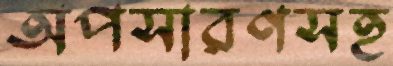
অপসারণসহ